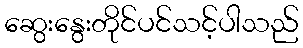
ဆွေးနွေးတိုင်ပင်သင့်ပါသည်